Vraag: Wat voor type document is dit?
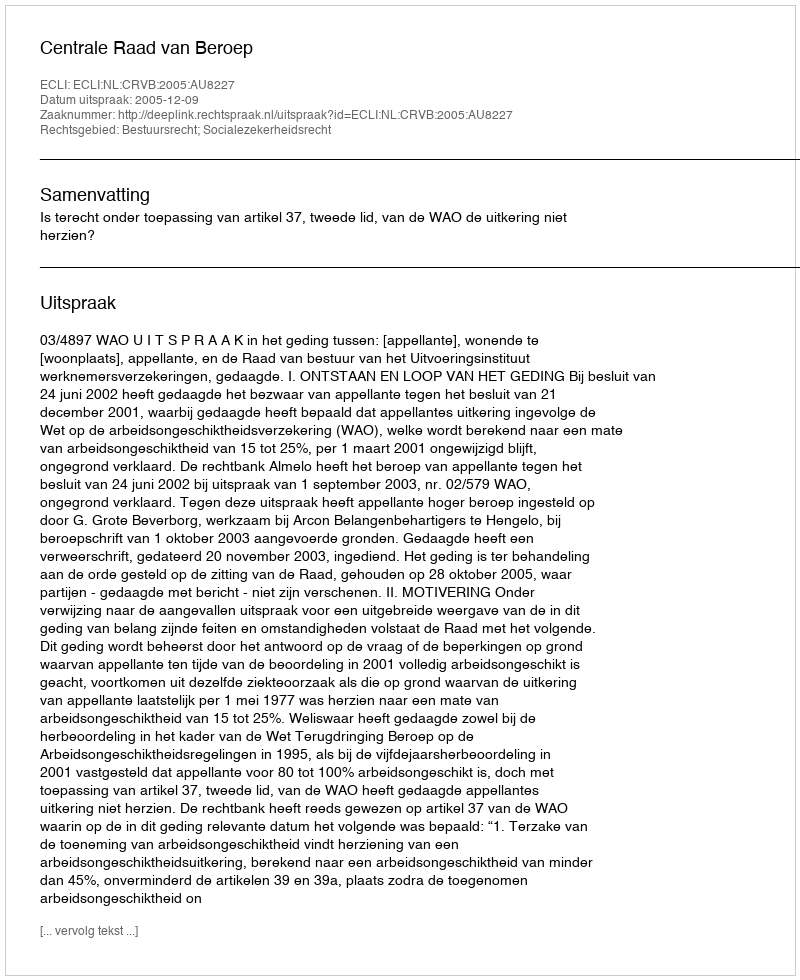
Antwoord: Uitspraak